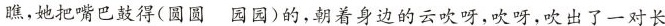
瞧，她把嘴巴鼓得(圆圆 园园)的，朝着身边的云吹呀，吹呀，吹出了一对长